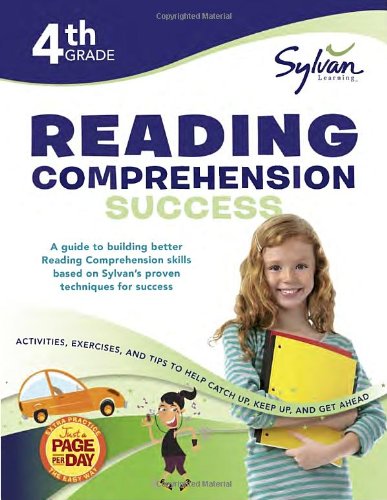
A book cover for Fourth Grade Reading Comprehension Success (Sylvan Workbooks) (Language Arts Workbooks); Sylvan Learning; Test Preparation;